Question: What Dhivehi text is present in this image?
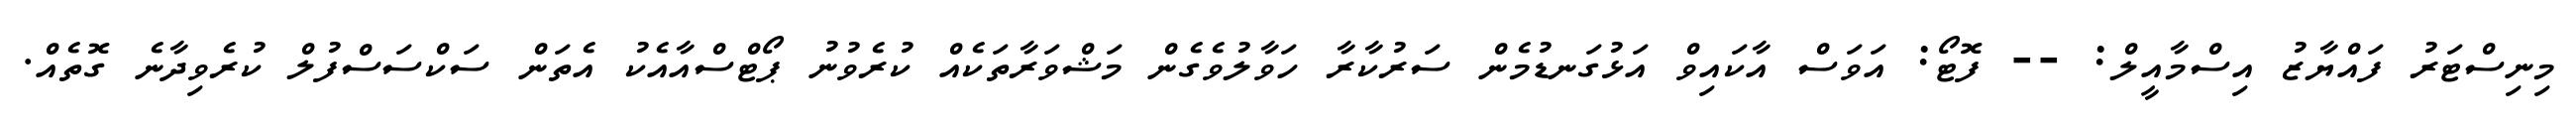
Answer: މިނިސްޓަރު ފައްޔާޒު އިސްމާއީލް: -- ފޮޓޯ: އަވަސް އާކައިވް އަޅުގަނޑުމެން ސަރުކާރާ ހަވާލުވެގެން މަޝްވަރާތަކެއް ކުރެވުނު ޕޯޓްސްއާއެކު އެތަން ސަކްސަސްފުލް ކުރެވިދާނެ ގޮތެއް.